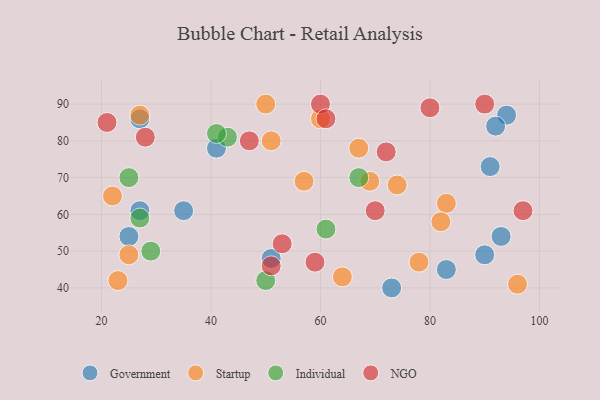
{"axis": {"x": "GDP", "y": "Life Expectancy"}, "legend": ["Government", "Individual", "NGO", "Startup"], "data": [{"x": "35", "y": 61, "type": "Government"}, {"x": "51", "y": 48, "type": "Government"}, {"x": "90", "y": 49, "type": "Government"}, {"x": "94", "y": 87, "type": "Government"}, {"x": "92", "y": 84, "type": "Government"}, {"x": "83", "y": 45, "type": "Government"}, {"x": "41", "y": 78, "type": "Government"}, {"x": "27", "y": 86, "type": "Government"}, {"x": "93", "y": 54, "type": "Government"}, {"x": "25", "y": 54, "type": "Government"}, {"x": "91", "y": 73, "type": "Government"}, {"x": "27", "y": 61, "type": "Government"}, {"x": "73", "y": 40, "type": "Government"}, {"x": "67", "y": 78, "type": "Startup"}, {"x": "69", "y": 69, "type": "Startup"}, {"x": "57", "y": 69, "type": "Startup"}, {"x": "27", "y": 87, "type": "Startup"}, {"x": "83", "y": 63, "type": "Startup"}, {"x": "64", "y": 43, "type": "Startup"}, {"x": "50", "y": 90, "type": "Startup"}, {"x": "60", "y": 86, "type": "Startup"}, {"x": "82", "y": 58, "type": "Startup"}, {"x": "25", "y": 49, "type": "Startup"}, {"x": "22", "y": 65, "type": "Startup"}, {"x": "96", "y": 41, "type": "Startup"}, {"x": "74", "y": 68, "type": "Startup"}, {"x": "78", "y": 47, "type": "Startup"}, {"x": "23", "y": 42, "type": "Startup"}, {"x": "51", "y": 80, "type": "Startup"}, {"x": "67", "y": 70, "type": "Individual"}, {"x": "27", "y": 59, "type": "Individual"}, {"x": "50", "y": 42, "type": "Individual"}, {"x": "25", "y": 70, "type": "Individual"}, {"x": "43", "y": 81, "type": "Individual"}, {"x": "41", "y": 82, "type": "Individual"}, {"x": "29", "y": 50, "type": "Individual"}, {"x": "61", "y": 56, "type": "Individual"}, {"x": "51", "y": 46, "type": "NGO"}, {"x": "90", "y": 90, "type": "NGO"}, {"x": "28", "y": 81, "type": "NGO"}, {"x": "70", "y": 61, "type": "NGO"}, {"x": "47", "y": 80, "type": "NGO"}, {"x": "21", "y": 85, "type": "NGO"}, {"x": "60", "y": 90, "type": "NGO"}, {"x": "61", "y": 86, "type": "NGO"}, {"x": "97", "y": 61, "type": "NGO"}, {"x": "72", "y": 77, "type": "NGO"}, {"x": "59", "y": 47, "type": "NGO"}, {"x": "53", "y": 52, "type": "NGO"}, {"x": "80", "y": 89, "type": "NGO"}]}